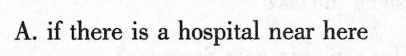
A. if there is a hospital near here